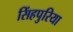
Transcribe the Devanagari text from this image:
सिंहपुरिया